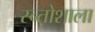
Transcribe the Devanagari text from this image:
स्न्तोशाला